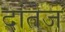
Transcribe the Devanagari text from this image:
दांतेज